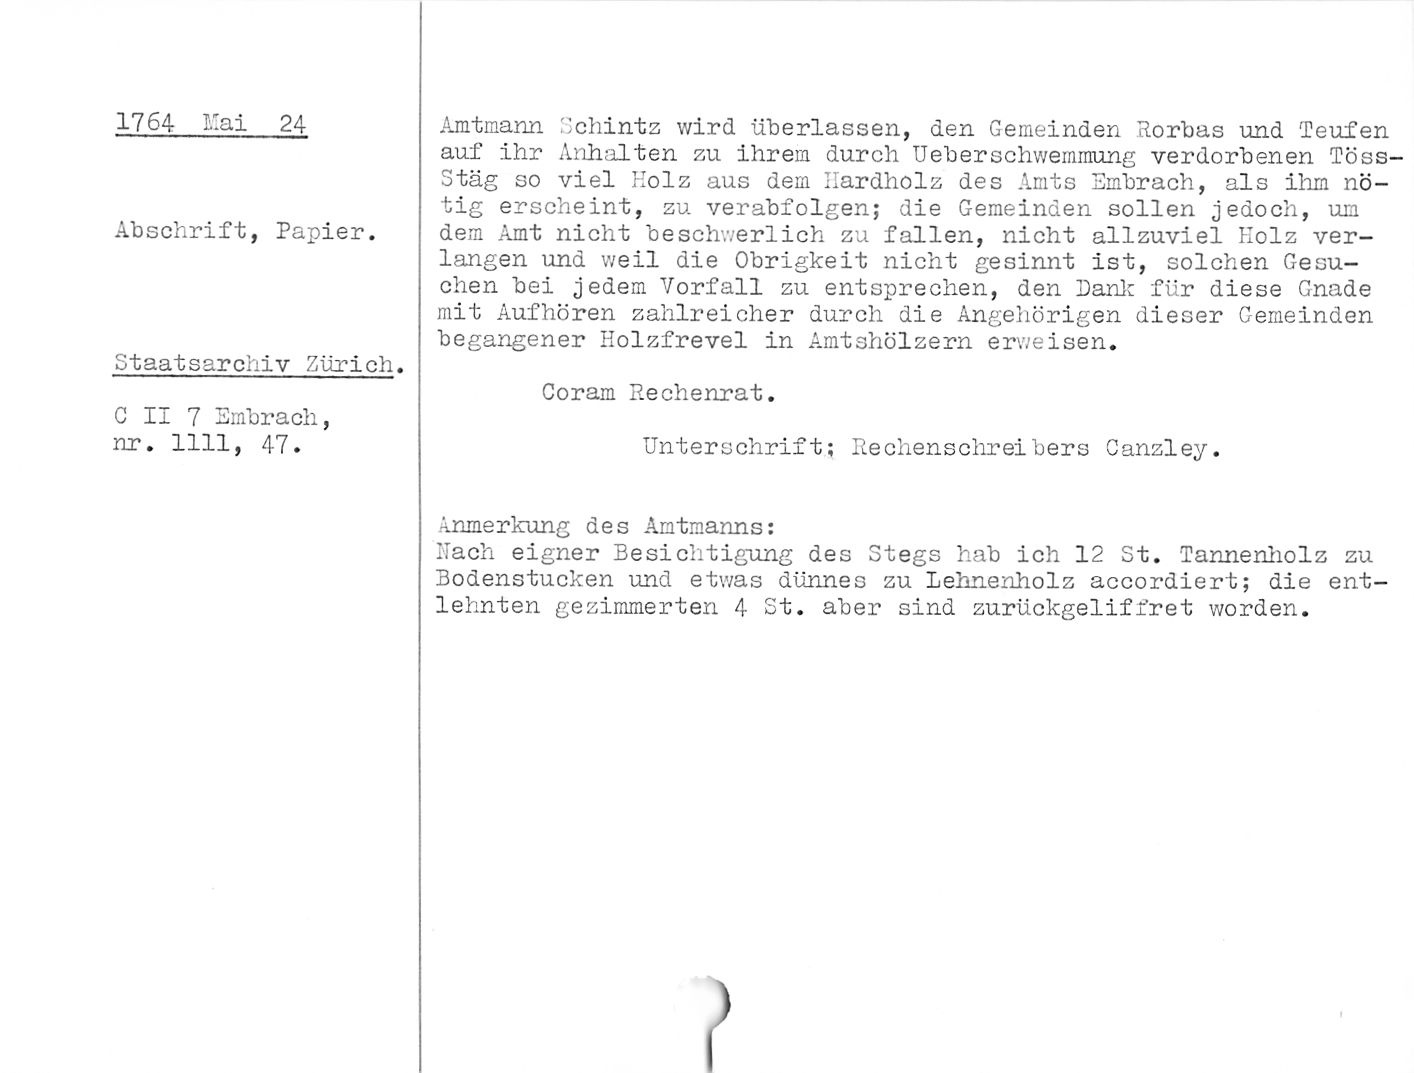
1764 Kai 24

Abschrift, Papier.

Staatsarchiv Zürich.

C Ii 7 Entbrach,
irr. 1111, 47.

Amtmann Gchintz wird überlassen, den Gemeinden Rorbas und Teufen
auf ihr Anhalten zu ihrem durch Ueberschwemmung verdorbenen Töss-
Stäg so viel Holz aus dem Ilardholz des Amts Embrach, als ihm nö¬
tig erscheint, zu verabfolgen; die Gemeinden sollen jedoch, um
dem Amt nicht beschwerlich zu fallen, nicht allzuviel Holz ver¬
langen und weil die Obrigkeit nicht gesinnt ist, solchen Gesu¬
chen bei jedem Vorfall zu entsprechen, den Dank für diese Gnade
mit Aufhören zahlreicher durch die Angehörigen dieser Gemeinden
begangener Holzfrevel in Amtshölzern erweisen.

Coram Rechenrat.

Unterschrift; Rechenschreibers Canzley.

Anmerkung des Amtmanns;

Nach eigner Besichtigung des Stegs hab ich 12 St. Tannenholz zu
Bodenstucken und etwas dünnes zu Lehnenholz accordiert; die ent¬
lehnten gezimmerten 4 St. aber sind zurückgeliffret worden.

)